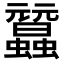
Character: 𧕜